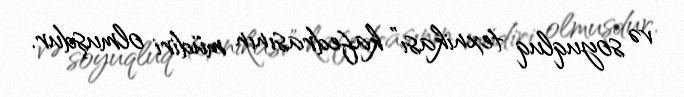
və soyuqluq texnikası” kafedrasının müdiri olmuşdur.